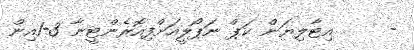
-     އިޓާލިޔަން ކަޕް ނަޕޯލީއަށްފިއޮރެންޓީނާ 3-1އިން